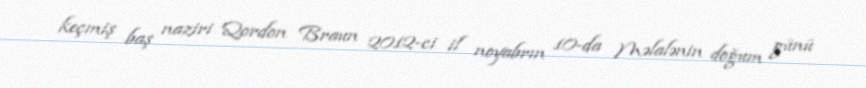
keçmiş baş naziri Qordon Braun 2012-ci il noyabrın 10-da Məlalənin doğum günü